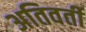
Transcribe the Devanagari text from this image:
अतिवर्ती